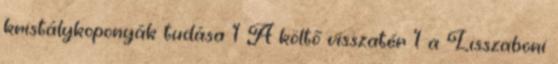
kristálykoponyák tudása 1 A költő visszatér 1 a Lisszaboni